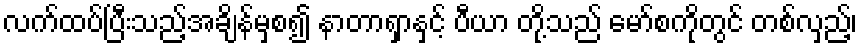
လက်ထပ်ပြီးသည့်အချိန်မှစ၍ နာတာရှာနှင့် ပီယာ တို့သည် မော်စကိုတွင် တစ်လှည့်၊